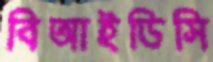
বিআইডিসি